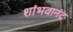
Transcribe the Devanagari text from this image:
शांभवानंद